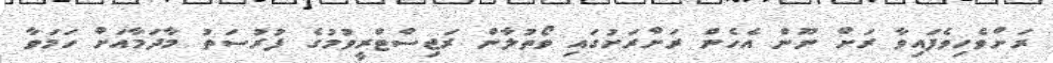
ރަށްވެހިވެފައިވާ ރަށް ނޫން އެހެން ރަށްރަށުގައި ވޯތުލާން ރަޖިސްޓްރީވުމުގެ ފުރުސަތު މާދަމާއަށް ހަމަވާ